Annual administration report of the Civil Veterinary Department of India - 1896-1897
Year: 1896
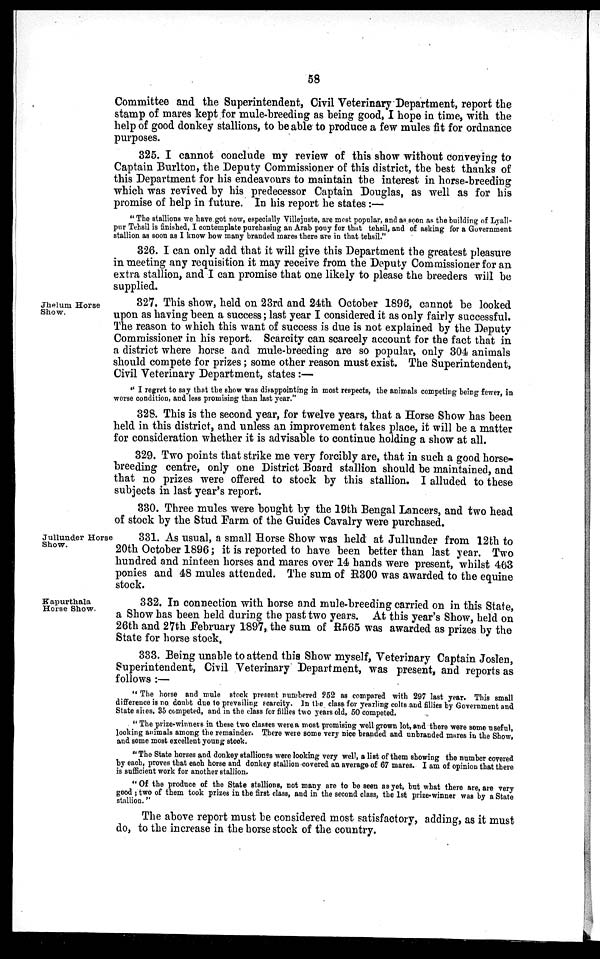
58
Committee and the Superintendent, Civil Veterinary Department, report the
stamp of mares kept for mule-breeding as being good, I hope in time, with the
help of good donkey stallions, to be able to produce a few mules fit for ordnance
purposes.
325. I cannot conclude my review of this show without conveying to
Captain Burlton, the Deputy Commissioner of this district, the best thanks of
this Department for his endeavours to maintain the interest in horse-breeding
which was revived by his predecessor Captain Douglas, as well as for his
promise of help in future. In his report he states:—
"The stallions we have got now, especially Villejuste, are most popular, and as soon as the building of Lyall-
pur Tehsil is finished, I contemplate purchasing an Arab pony for that tehsil, and of asking for a Government
stallion as soon as I know how many branded mares there are in that tehsil."
326. I can only add that it will give this Department the greatest pleasure
in meeting any requisition it may receive from the Deputy Commissioner for an
extra stallion, and I can promise that one likely to please the breeders will be
supplied.
Jhelum Horse
Show.
327. This show, held on 23rd and 24th October 1896, cannot be looked
upon as having been a success; last year I considered it as only fairly successful.
The reason to which this want of success is due is not explained by the Deputy
Commissioner in his report. Scarcity can scarcely account for the fact that in
a district where horse and mule-breeding are so popular, only 304 animals
should compete for prizes; some other reason must exist. The Superintendent,
Civil Veterinary Department, states:—
"I regret to say that the show was disappointing in most respects, the animals competing being fewer, in
worse condition, and less promising than last year."
328. This is the second year, for twelve years, that a Horse Show has been
held in this district, and unless an improvement takes place, it will be a matter
for consideration whether it is advisable to continue holding a show at all.
329. Two points that strike me very forcibly are, that in such a good horse-
breeding centre, only one District Board stallion should be maintained, and
that no prizes were offered to stock by this stallion. I alluded to these
subjects in last year's report.
330. Three mules were bought by the 19th Bengal Lancers, and two head
of stock by the Stud Farm of the Guides Cavalry were purchased.
Jullunder Horse
Show.
331. As usual, a small Horse Show was held at Jullunder from 12th to
20th October 1896; it is reported to have been better than last year. Two
hundred and ninteen horses and mares over 14 hands were present, whilst 463
ponies and 48 mules attended. The sum of R300 was awarded to the equine
stock.
Kapurthala
Horse Show.
332. In connection with horse and mule-breeding carried on in this State,
a Show has been held during the past two years. At this year's Show, held on
26th and 27th February 1897, the sum of R565 was awarded as prizes by the
State for horse stock.
333. Being unable to attend this Show myself, Veterinary Captain Joslen,
Superintendent, Civil Veterinary Department, was present, and reports as
follows:—
"The horse and mule stock present numbered 252 as compared with 297 last year. This small
difference is no doubt due to prevailing scarcity. In the class for yearling colts and fillies by Government and
State sires, 35 competed, and in the class for fillies two years old, 50 competed.
"The prize-winners in these two classes were a most promising well grown lot, and there were some useful,
looking animals among the remainder. There were some very nice branded and unbranded mares in the Show,
and some most excellent young stock.
"The State horses and donkey stallionss were looking very well, a list of them showing the number covered
by each, proves that each horse and donkey stallion covered an average of 67 mares. I am of opinion that there
is sufficient work for another stallion.
"Of the produce of the State stallions, not many are to be seen as yet, but what there are, are very
good ; two of them took prizes in the first class, and in the second class, the 1st prize-winner was by a State
stallion."
The above report must be considered most satisfactory, adding, as it must
do, to the increase in the horse stock of the country.